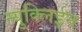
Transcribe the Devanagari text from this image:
न्युक्लिईन